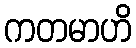
ကတမာဟိ